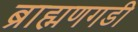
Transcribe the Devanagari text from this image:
ब्राह्मणगडी